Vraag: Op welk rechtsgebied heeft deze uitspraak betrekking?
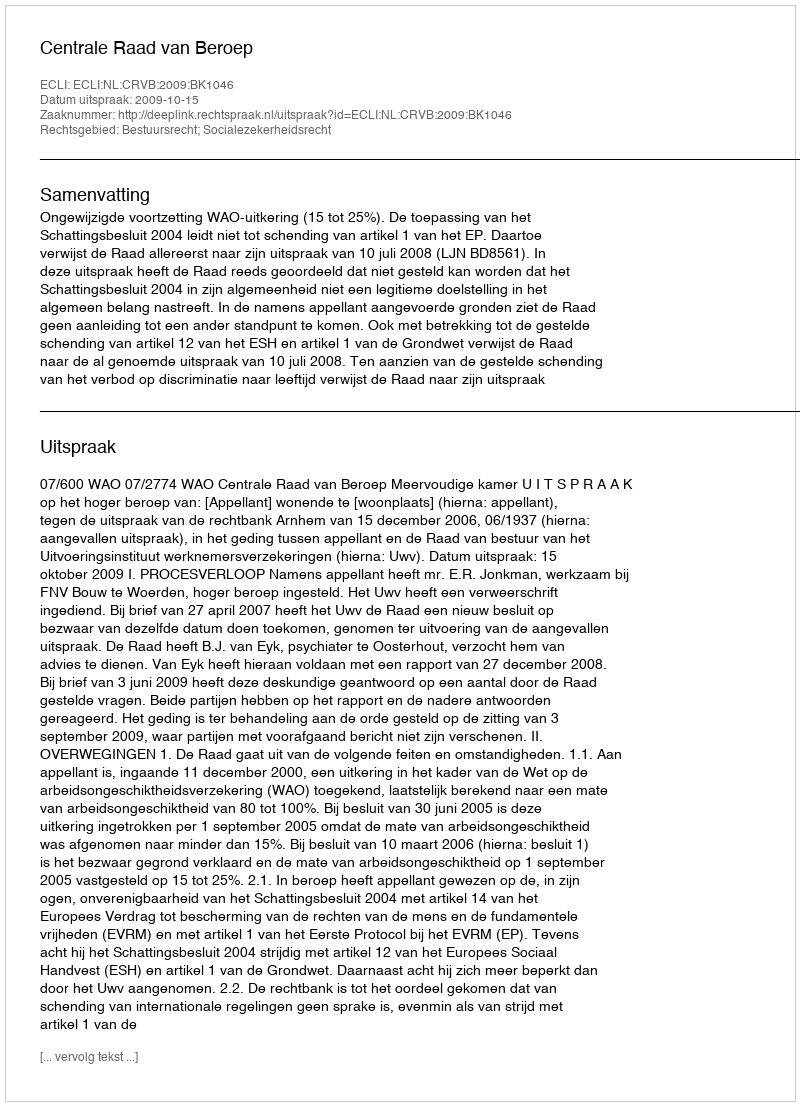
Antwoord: Bestuursrecht; Socialezekerheidsrecht